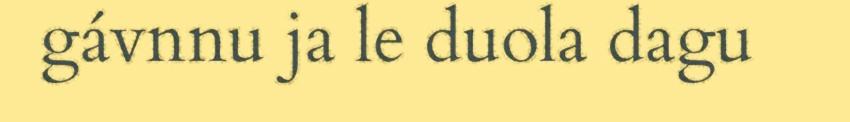
gávnnu ja le duola dagu